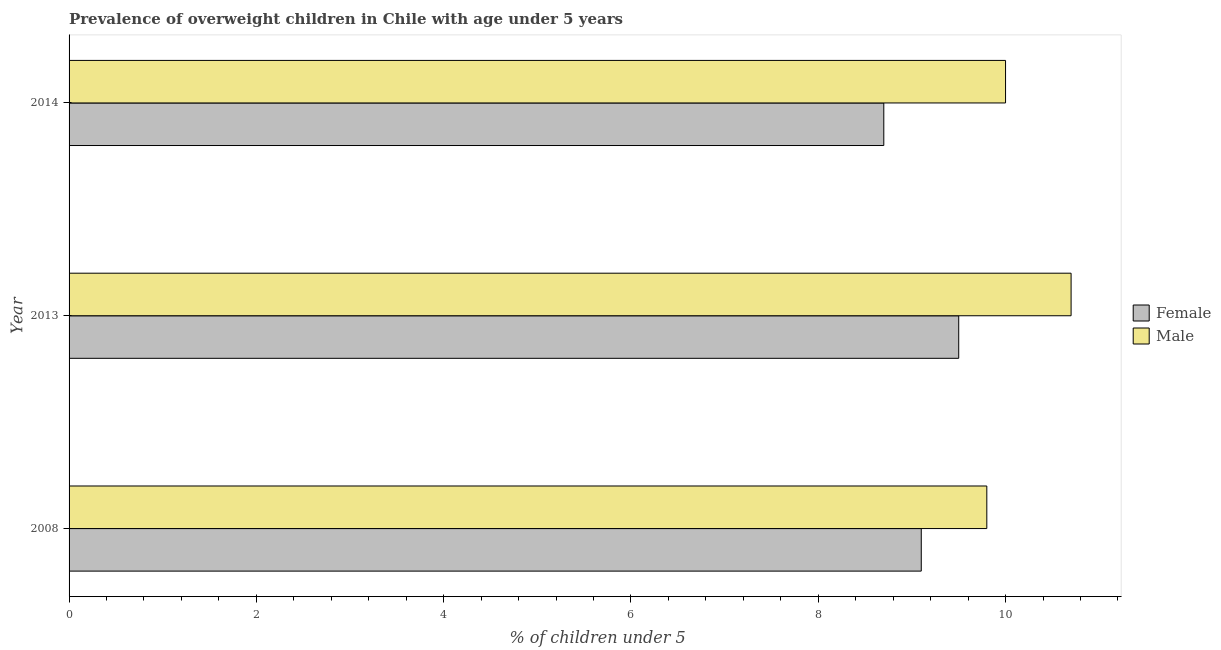
| Year | Female | Male |
 | --- | --- | --- |
 | 2008 | 9.1 | 9.8 |
 | 2013 | 9.5 | 10.7 |
 | 2014 | 8.7 | 10 |